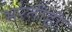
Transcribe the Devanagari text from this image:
भरतीही